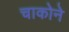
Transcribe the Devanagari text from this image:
चाकोने